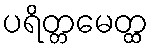
ပရိတ္တမေတ္ထ